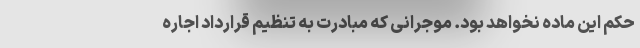
حکم این ماده نخواهد بود. موجرانی که مبادرت به تنظیم قرارداد اجاره